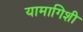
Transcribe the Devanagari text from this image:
यामागिशी